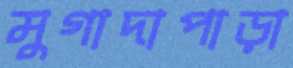
মুগাদাপাড়া